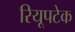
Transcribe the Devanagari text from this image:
रियूपटेक